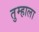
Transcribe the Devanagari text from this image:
तुम्‍हाला